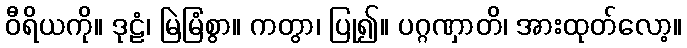
ဝီရိယကို။ ဒုဠံ၊ မြဲမြံစွာ။ ကတွာ၊ ပြု၍။ ပဂ္ဂဏှာတိ၊ အားထုတ်လော့။